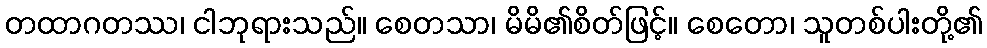
တထာဂတဿ၊ ငါဘုရားသည်။ စေတသာ၊ မိမိ၏စိတ်ဖြင့်။ စေတော၊ သူတစ်ပါးတို့၏